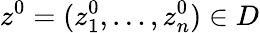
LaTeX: z^{0}=(z_{1}^{0},\dots,z_{n}^{0})\in D